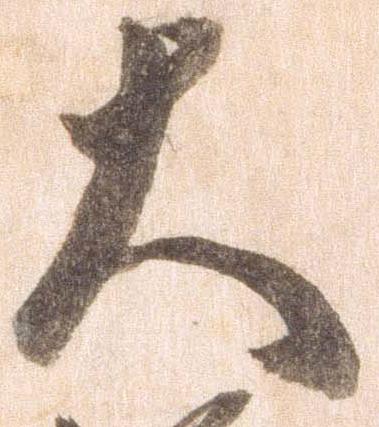
大